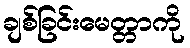
ချစ်ခြင်းမေတ္တာကို